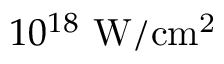
1 0 ^ { 1 8 } \ \mathrm { W / c m ^ { 2 } }